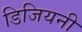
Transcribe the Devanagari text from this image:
डिजियनी